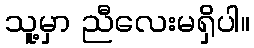
သူ့မှာ ညီလေးမရှိပါ။